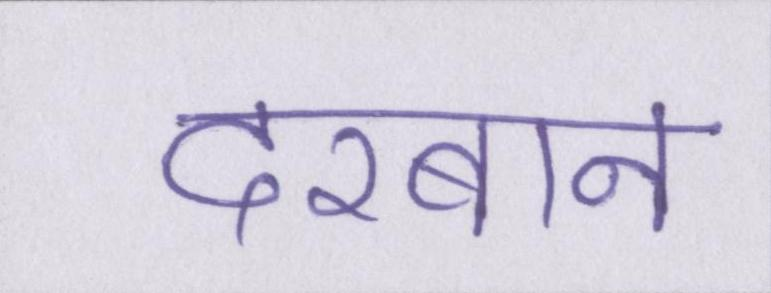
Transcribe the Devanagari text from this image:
दरबान